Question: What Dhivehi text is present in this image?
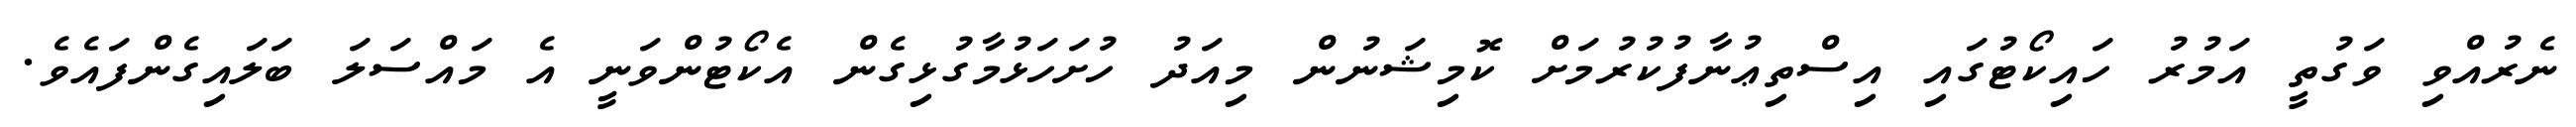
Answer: ނެރުއްވި ވަގުތީ އަމުރު ހައިކޯޓުގައި އިސްތިޢުނާފުކުރުމަށް ކޮމިޝަނުން މިއަދު ހުށަހަޅުމާގުޅިގެން އެކޯޓުންވަނީ އެ މައްސަލަ ބަލައިގެންފައެވެ.